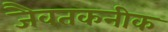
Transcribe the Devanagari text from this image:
जैवतकनीक